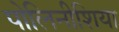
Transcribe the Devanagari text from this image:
पोलिनीशिया